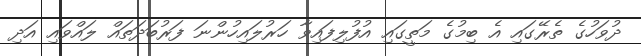
ދުވަހުގެ ތެރޭގައި އެ ބިމުގެ މަތީގައި އުފުލިފައިވާ ހަރުލައިހުންނަ ފަރުބަދަތައް ލައްވައި އަދި